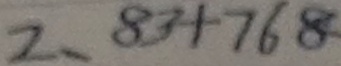
2 、 8 3 + 7 6 8 =